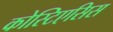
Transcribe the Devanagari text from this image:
कोस्टिएसिस